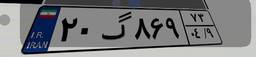
۶۹گ۷۷۸۲۹